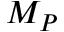
M _ { P }